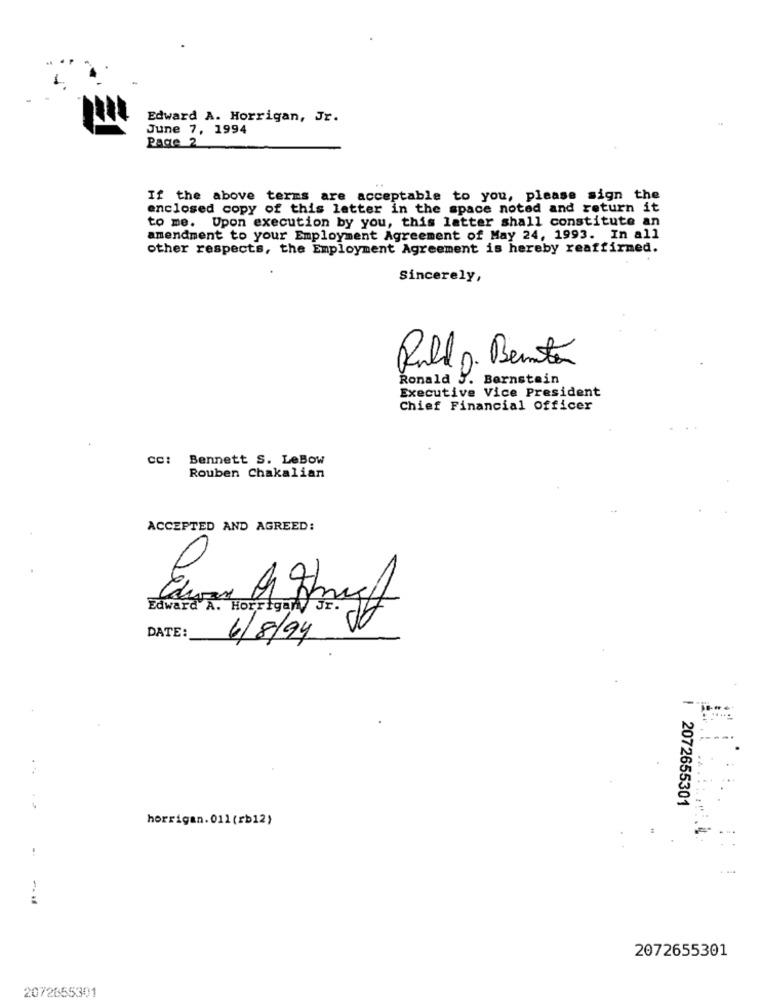
Edward A. Horrigan, Jr.
June 7, 1994
Page 2
If the above terms are acceptable to you, please sign the
enclosed copy of this letter in the space noted and return it
to me. Upon execution by you, this latter shall constitute an
amendment to your Employment Agreement of May 24, 1993. In all
other respects, the Employment Agreement is hereby reaffirmed.
Sincerely,
Rull D. Benito
Ronald 5
Bernstein
Executive Vice President
Chief Financial officer
cc:
Bennett S. LeBow
Rouben Chakalian
ACCEPTED AND AGREED:
Edward A. Horrigan
DATE:
6/8/94 4
...
2072655301
..
horrigan. 011 (rb12)
-- -
2072655301
2072855301